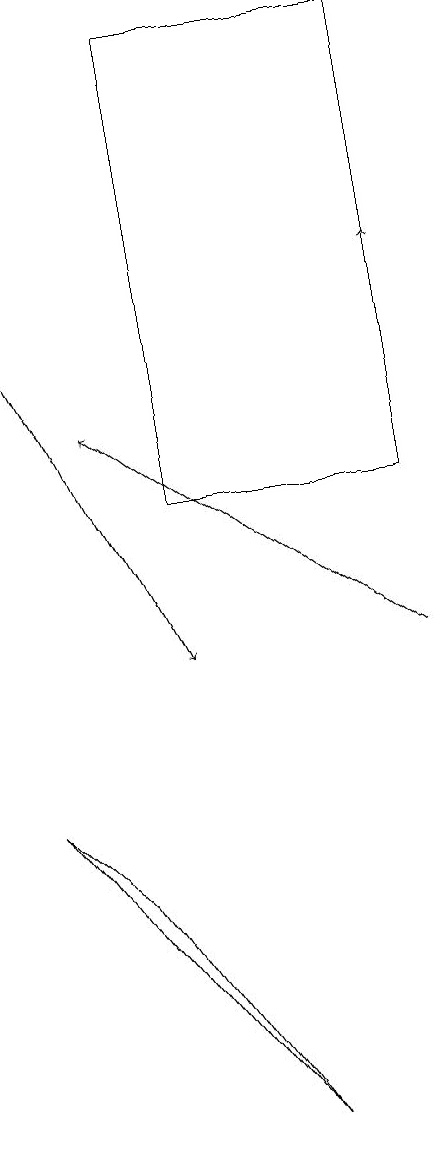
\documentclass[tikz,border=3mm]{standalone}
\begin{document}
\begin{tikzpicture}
\draw (5,18) rectangle (8,12);
\draw[->] (8,12) -- (8,15);
\draw[->] (8,10) -- (4,13);
\draw[->] (3,14) -- (5,10);
\draw (3,8) -- (4,7) -- (6,4) -- cycle;
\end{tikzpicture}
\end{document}